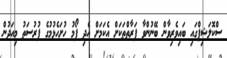
ސްކޮލަޝިޕްގައި ބައިވެރިވާން ބޭނުންވާ ފަރާތްތަކަށް އެކަމަށް އެދި ފޯމު ހުށަހެޅުމުގެ ފުރުސަތު މިއަދުން